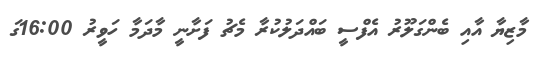
މާޒިޔާ އާއި ބެންގަލޫރު އެފްސީ ބައްދަލުކުރާ މެޗު ފަށާނީ މާދަމާ ހަވީރު 16:00ގަ